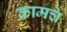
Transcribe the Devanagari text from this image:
कामचे